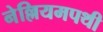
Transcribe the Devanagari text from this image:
नेल्लियमपथी